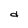
Character: d